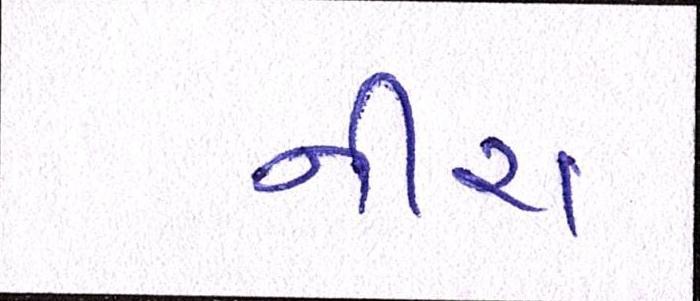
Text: નીરા